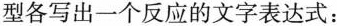
型各写出一个反应的文字表达式：